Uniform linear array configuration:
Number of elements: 16
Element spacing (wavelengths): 0.75
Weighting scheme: hamming
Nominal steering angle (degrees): -30
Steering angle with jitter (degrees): -30.324
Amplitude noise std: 0.05
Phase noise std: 0.05

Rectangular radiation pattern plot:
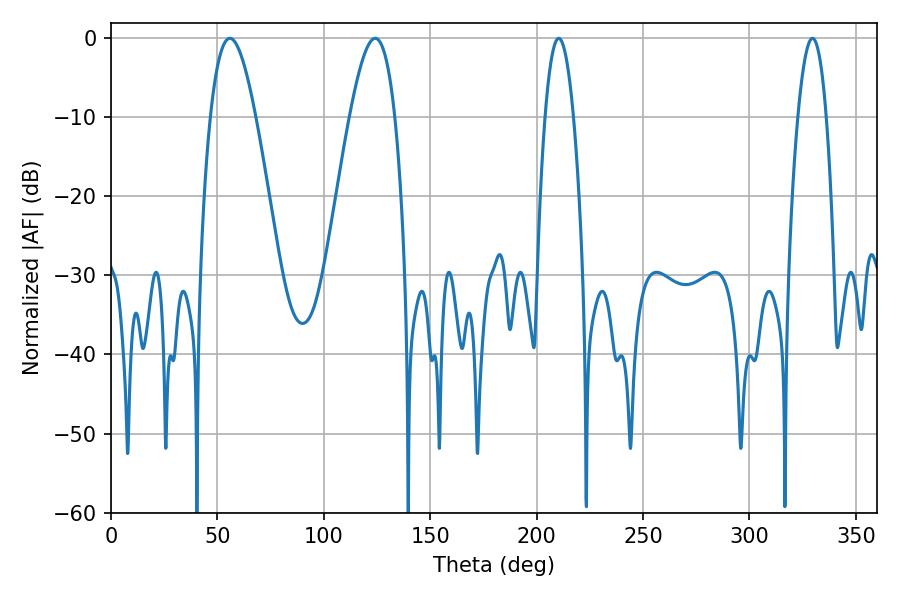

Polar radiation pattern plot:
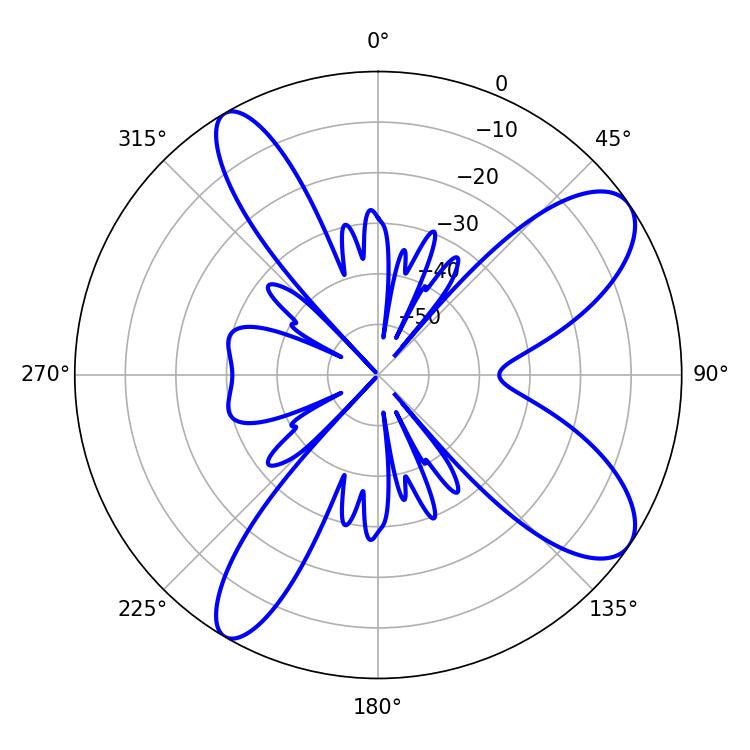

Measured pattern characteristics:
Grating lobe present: TRUE
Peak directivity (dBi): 9.525
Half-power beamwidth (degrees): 11.52
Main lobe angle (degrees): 55.8